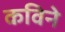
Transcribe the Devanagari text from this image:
कविने